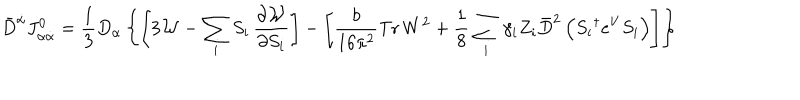
\bar { D } ^ { \dot { \alpha } } J _ { \alpha \dot { \alpha } } ^ { 0 } = \frac { 1 } { 3 } D _ { \alpha } \left\{ \left[ 3 { \cal W } - \sum _ { i } S _ { i } \, \frac { \partial { \cal W } } { \partial S _ { i } } \right] - \left[ \frac { b } { 1 6 \pi ^ { 2 } } \mathrm { T r } \, W ^ { 2 } + \frac { 1 } { 8 } \sum _ { i } \gamma _ { i } Z _ { i } \bar { D } ^ { 2 } \left( { S _ { i } } ^ { \dagger } e ^ { V } S _ { i } \right) \right] \right\}